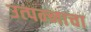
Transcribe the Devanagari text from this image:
उत्‍पन्‍नाचा